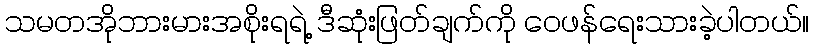
သမတအိုဘားမားအစိုးရရဲ့ ဒီဆုံးဖြတ်ချက်ကို ဝေဖန်ရေးသားခဲ့ပါတယ်။